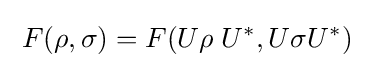
\;F(\rho ,\sigma )=F(U\rho \;U^{*},U\sigma U^{*})